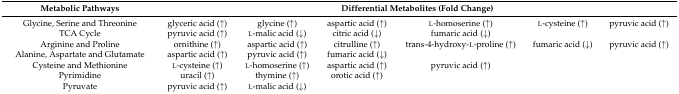
<table><thead><tr><td><b>Metabolic Pathways</b></td><td colspan="6"><b>Differential Metabolites (Fold Change)</b></td></tr></thead><tbody><tr><td>Glycine, Serine and Threonine</td><td>glyceric acid (↑)</td><td>glycine (↑)</td><td>aspartic acid (↑)</td><td>l-homoserine (↑)</td><td>l-cysteine (↑)</td><td>pyruvic acid (↑)</td></tr><tr><td>TCA Cycle</td><td>pyruvic acid (↑)</td><td>l-malic acid (↓)</td><td>citric acid (↓)</td><td>fumaric acid (↓)</td><td></td><td></td></tr><tr><td>Arginine and Proline</td><td>ornithine (↑)</td><td>aspartic acid (↑)</td><td>citrulline (↑)</td><td>trans-4-hydroxy-l-proline (↑)</td><td>fumaric acid (↓)</td><td>pyruvic acid (↑)</td></tr><tr><td>Alanine, Aspartate and Glutamate</td><td>aspartic acid (↑)</td><td>pyruvic acid (↑)</td><td>fumaric acid (↓)</td><td></td><td></td><td></td></tr><tr><td>Cysteine and Methionine</td><td>l-cysteine (↑)</td><td>l-homoserine (↑)</td><td>aspartic acid (↑)</td><td>pyruvic acid (↑)</td><td></td><td></td></tr><tr><td>Pyrimidine</td><td>uracil (↑)</td><td>thymine (↑)</td><td>orotic acid (↑)</td><td></td><td></td><td></td></tr><tr><td>Pyruvate</td><td>pyruvic acid (↑)</td><td>l-malic acid (↓)</td><td></td><td></td><td></td><td></td></tr></tbody></table>